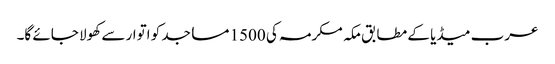
عرب میڈیا کے مطابق مکہ مکرمہ کی 1500 مساجد کو اتوار سے کھولا جائے گا۔